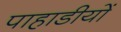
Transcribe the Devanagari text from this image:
पाहाडीयों